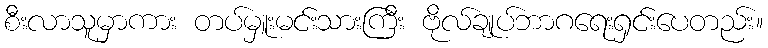
စီးလာသူမှာကား တပ်မှူးမင်းသားကြီး ဗိုလ်ချုပ်ဘာဂရေးရှင်းပေတည်း။